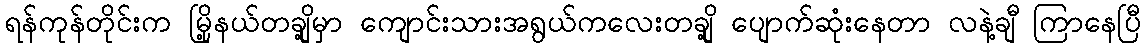
ရန်ကုန်တိုင်းက မြို့နယ်တချို့မှာ ကျောင်းသားအရွယ်ကလေးတချို့ ပျောက်ဆုံးနေတာ လနဲ့ချီ ကြာနေပြီ